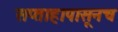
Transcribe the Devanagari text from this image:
सप्ताहापासूनच